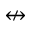
\nleftrightarrow